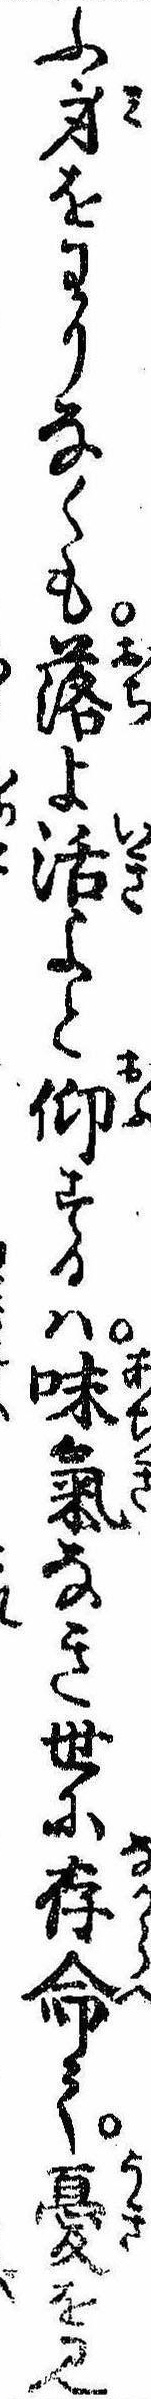
ふ身をわりなくも落よ活よと仰するは味気なき世に存命て憂を見